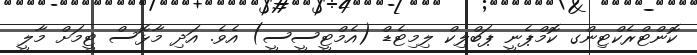
ކޮންޓްރެކްޓިންގ ކޮމްޕެނީ ޕަބްލިކް ލިމިޓެޑް (އެމްޓީސީސީ) އެވެ. އަދި މާޅޮސް ޓީމަށް މާލީ